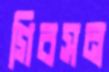
গিবসন